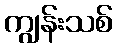
ကျွန်းသစ်